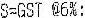
S=GST @6%: